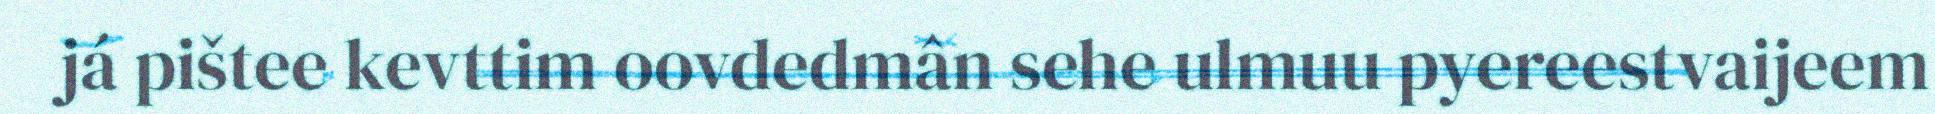
já pištee kevttim oovdedmân sehe ulmuu pyereestvaijeem